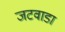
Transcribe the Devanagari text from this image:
जटवाडा